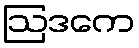
ဩဒကေ